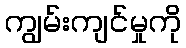
ကျွမ်းကျင်မှုကို